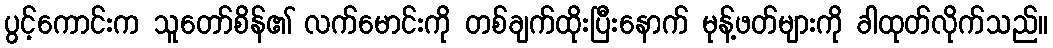
ပွင့်ကောင်းက သူတော်စိန်၏ လက်မောင်းကို တစ်ချက်ထိုးပြီးနောက် မုန့်ဖတ်များကို ခါထုတ်လိုက်သည်။